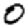
Digit: 0